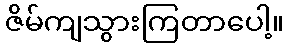
ဇိမ်ကျသွားကြတာပေါ့။